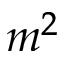
m ^ { 2 }